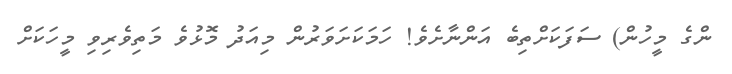
ންގެ މީހުން) ސަފަކަށްތިބެ އަންނާށެވެ! ހަަމަކަށަވަރުން މިއަދު މޮޅުވެ މަތިވެރިވި މީހަކަށް